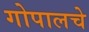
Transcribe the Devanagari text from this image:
गोपालचे